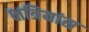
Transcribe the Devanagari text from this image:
क्षत्रियांस